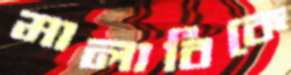
মালাবিকে